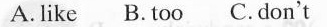
A.like B.too C.don't